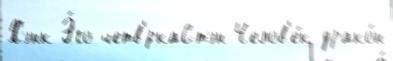
Хэнк Э́го четв'́ркаСтэн Челов'е́к-драко́н